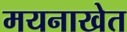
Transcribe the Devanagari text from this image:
मयनाखेत